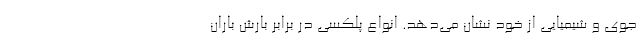
جوی و شیمیایی از خود نشان می‌دهد. انواع پلکسی در برابر بارش باران